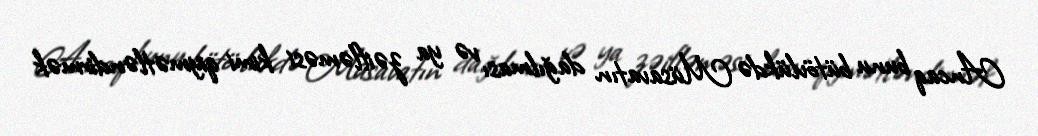
Ancaq bunu bütövlükdə Müsavatın dağılması və ya zəifləməsi kimi qiymətləndirmək